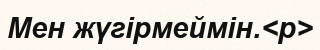
Мен жүгірмеймін.<p>